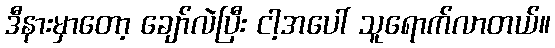
ဒီနားမှာတော့ ချော်လဲပြီး ငါ့အပေါ် သူရောက်လာတယ်။